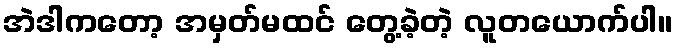
အဲဒါကတော့ အမှတ်မထင် တွေ့ခဲ့တဲ့ လူတယောက်ပါ။